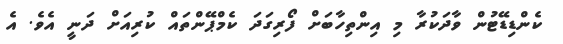
ކެންޑިޑޭޓުން ވާދަކުރާ މި އިންތިހާބަށް ފޯރިގަދަ ކެމްޕޭންތައް ކުރިއަށް ދަނީ އެވެ. އެ